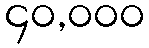
၄၀,၀၀၀